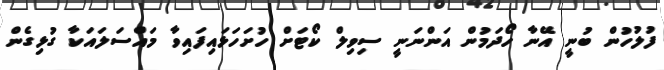
ފުލުހުން ބުނީ އޭނާ ހޯދަމުން އަންނަނީ ސިވިލް ކޯޓަށް ހުށަހަޅައިފައިވާ މައްސަލައަކާ ގުޅިގެން